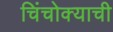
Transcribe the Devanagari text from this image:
चिंचोक्याची